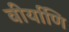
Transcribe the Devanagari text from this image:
वीर्याणि